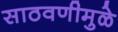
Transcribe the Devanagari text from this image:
साठवणीमुळे